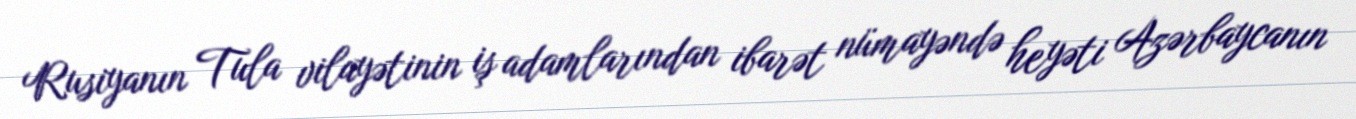
Rusiyanın Tula vilayətinin iş adamlarından ibarət nümayəndə heyəti Azərbaycanın